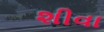
શીવા